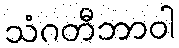
သံဂတီဘာဝါ